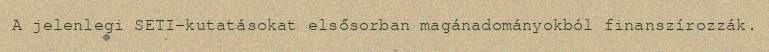
A jelenlegi SETI-kutatásokat elsősorban magánadományokból finanszírozzák.